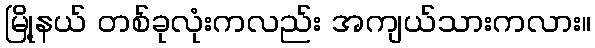
မြို့နယ် တစ်ခုလုံးကလည်း အကျယ်သားကလား။